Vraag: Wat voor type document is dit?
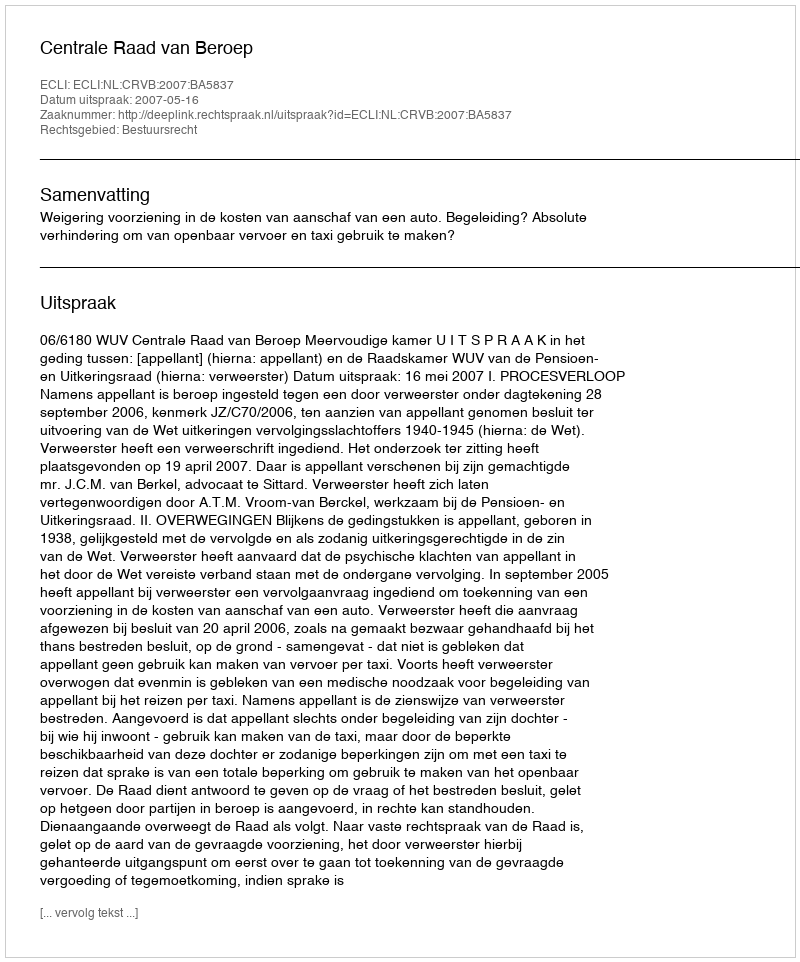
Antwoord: Uitspraak